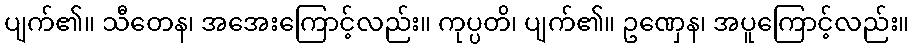
ပျက်၏။ သီတေန၊ အအေးကြောင့်လည်း။ ကုပ္ပတိ၊ ပျက်၏။ ဥဏှေန၊ အပူကြောင့်လည်း။